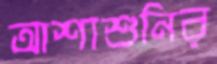
আশাশুনির